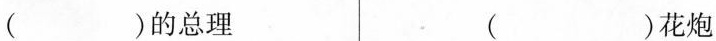
( )的总理 ( )花炮